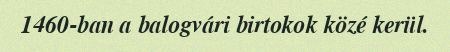
1460-ban a balogvári birtokok közé kerül.